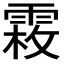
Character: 𩃝